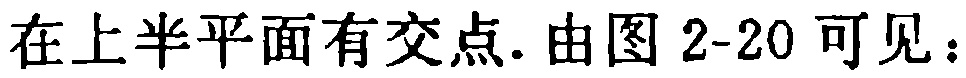
在上半平面有交点.由图2-20可见：